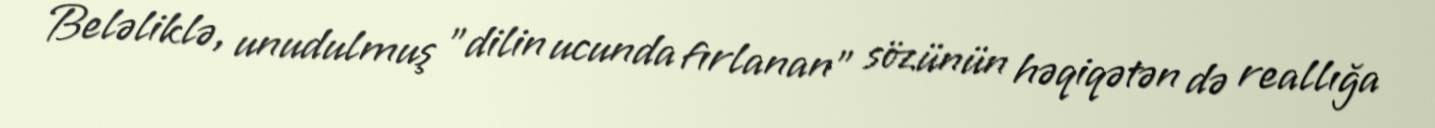
Beləliklə, unudulmuş "dilin ucunda fırlanan" sözünün həqiqətən də reallığa